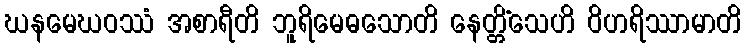
ဃနမေဃဝဿံ အစာရီတိ ဘူရိမေဓသောတိ နေတ္တိံသေဟိ ဝိဟရိဿာမာတိ